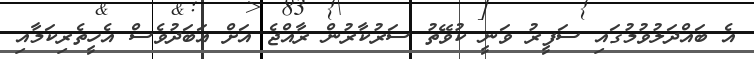
އެ ބައްދަލުވުމުގައި ސަފީރު ވަނީ ކުވޭތު ސަރުކާރުން ރާއްޖެ އަށް އަބަދުވެސް އެހީތެރިކަމާއި